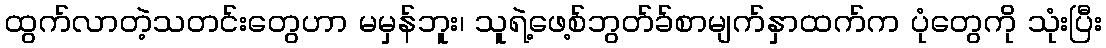
ထွက်လာတဲ့သတင်းတွေဟာ မမှန်ဘူး၊ သူရဲ့ဖေ့စ်ဘွတ်ခ်စာမျက်နှာထက်က ပုံတွေကို သုံးပြီး